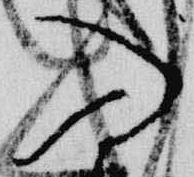
入